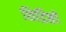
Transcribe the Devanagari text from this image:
छिद्रिष्ठों